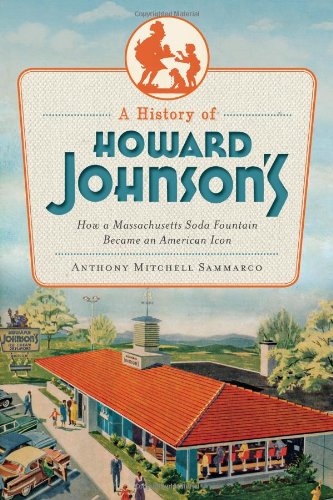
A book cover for A History of Howard Johnson's:: How a Massachusetts Soda Fountain Became an American Icon (American Palate); Anthony Mitchell Sammarco; Travel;